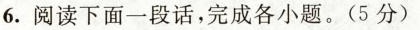
6.阅读下面一段话，完成各小题。(5分)